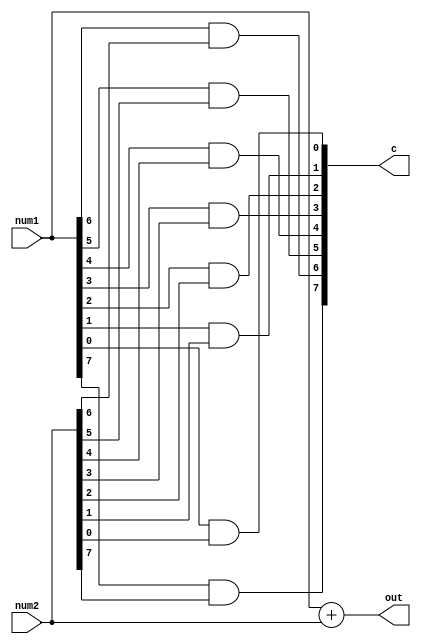
module moduleName (
    input [7:0] num1,
    input [7:0] num2,
    output reg [7:0] out,
    output reg [7:0] c
);
    always @( * ) begin
        out <= num1 + num2;
        c[7] <= (num1[7] & num2[7]);
        c[6] <= (num1[6] & num2[6]);
        c[5] <= (num1[5] & num2[5]);
        c[4] <= (num1[4] & num2[4]);
        c[3] <= (num1[3] & num2[3]);
        c[2] <= (num1[2] & num2[2]);
        c[1] <= (num1[1] & num2[1]);
        c[0] <= (num1[0] & num2[0]);
    end
endmodule